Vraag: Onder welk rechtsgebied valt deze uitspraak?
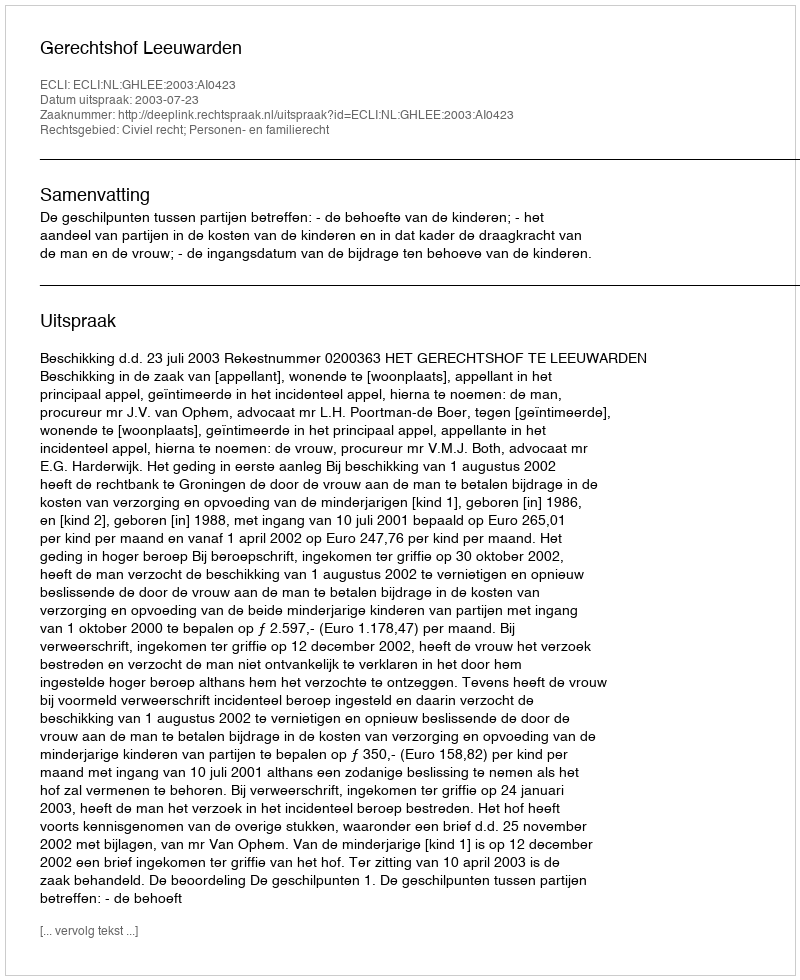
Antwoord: Civiel recht; Personen- en familierecht